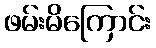
ဖမ်းမိကြောင်း